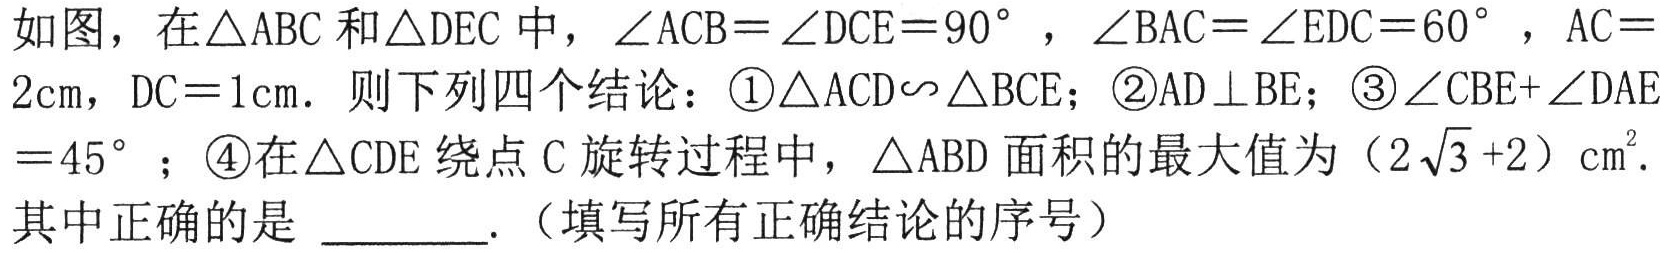
如图，在\(\triangle ABC\)和\(\triangle DEC\)中，\(\angle ACB = \angle DCE = 90^{\circ}\)，\(\angle BAC = \angle EDC = 60^{\circ}\)，\(AC = 2\mathrm{cm}\)，\(DC = 1\mathrm{cm}\)．则下列四个结论：\textcircled{1}\(\triangle ACD\sim\triangle BCE\)；\textcircled{2}\(AD\perp BE\)；\textcircled{3}\(\angle CBE + \angle DAE = 45^{\circ}\)；\textcircled{4}在\(\triangle CDE\)绕点\(C\)旋转过程中，\(\triangle ABD\)面积的最大值为\((2\sqrt{3}+2)\mathrm{cm}^{2}\)．其中正确的是 ________.（填写所有正确结论的序号）